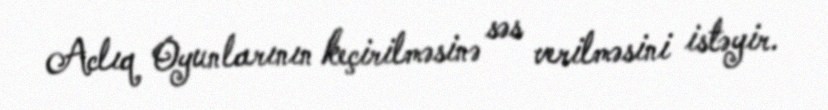
Aclıq Oyunlarının keçirilməsinə səs verilməsini istəyir.